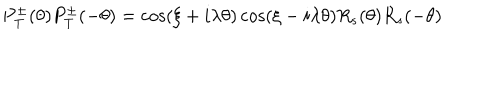
P _ { \mathrm { T } } ^ { \pm } ( \theta ) P _ { \mathrm { T } } ^ { \pm } ( - \theta ) = \cos ( \xi + i \lambda \theta ) \cos ( \xi - i \lambda \theta ) R _ { s } ( \theta ) R _ { s } ( - \theta )